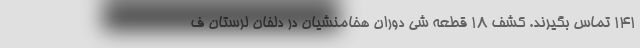
۱۴۱ تماس بگیرند. کشف ۱۸ قطعه شی دوران هخامنشیان در دلفان لرستان ف